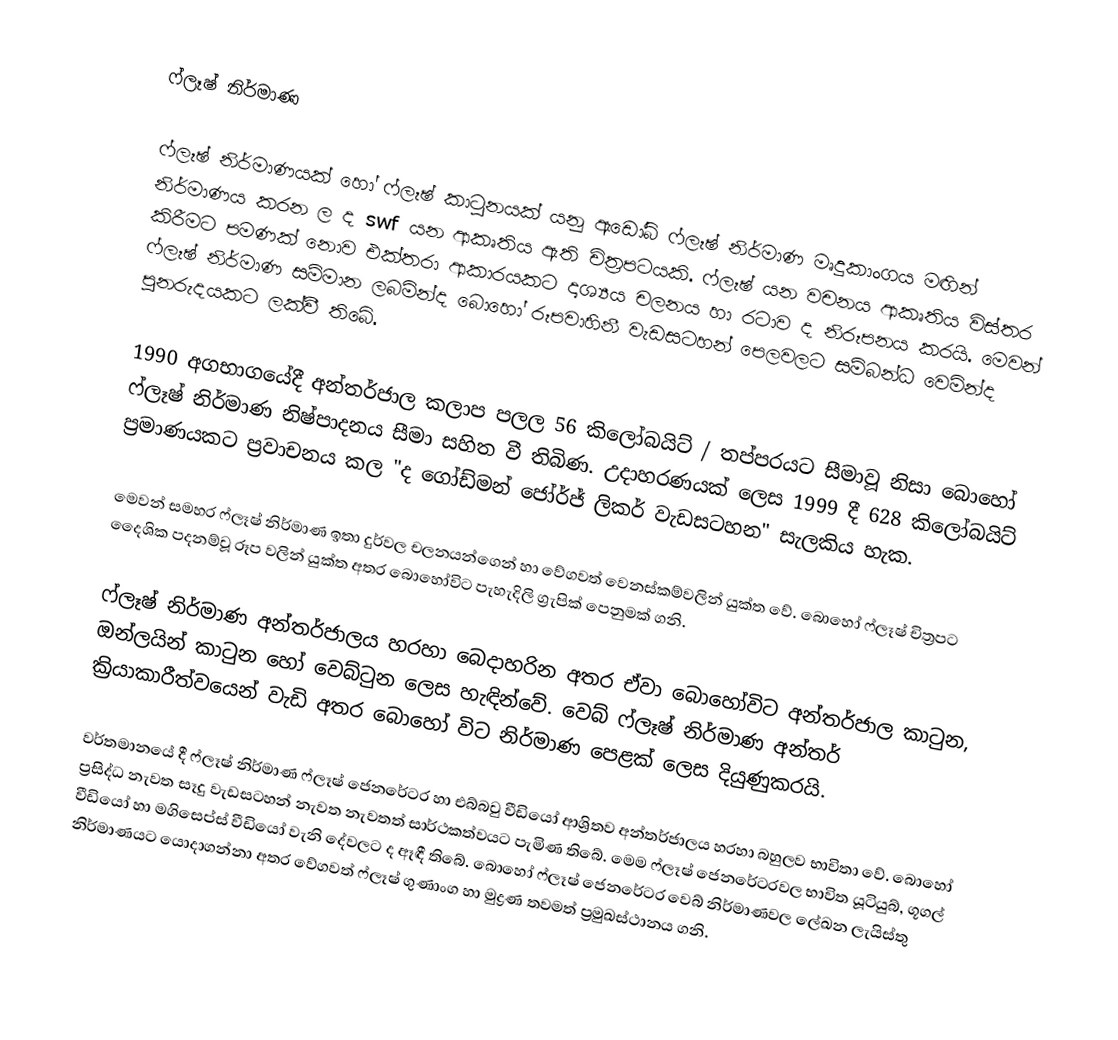
ෆ්ලෑෂ් නිර්මාණ

ෆ්ලෑෂ් නිර්මාණයක් හෝ ෆ්ලෑෂ් කාටුනයක් යනු ඇඩෝබ් ෆ්ලෑෂ් නිර්මාණ මෘදුකාංගය මඟින් නිර්මාණය කරන ල ද swf යන ආකෘතිය ඇති චිත්‍රපටයකි. ෆ්ලෑෂ් යන වචනය ආකෘතිය විස්තර කිරීමට පමණක් නොව එක්තරා ආකාරයකට දෘශ්‍යය චලනය හා රටාව ද නිරූපනය කරයි. මෙවන් ෆ්ලෑෂ් නිර්මාණ සම්මාන ලබමින්ද බොහෝ රූපවාහිනී වැඩසටහන් පෙලවලට සම්බන්ධ වෙමින්ද පුනරුදයකට ලක්වී තිබේ.

1990 අගභාගයේදී අන්තර්ජාල කලාප පලල 56 කිලෝබයිට් / තප්පරයට සීමාවූ නිසා බොහෝ ෆ්ලෑෂ් නිර්මාණ නිෂ්පාදනය සීමා සහිත වී තිබිණ. උදාහරණයක් ලෙස 1999 දී 628 කිලෝබයිට් ප්‍රමාණයකට ප්‍රවාචනය කල "ද ගෝඩ්මන් ජෝර්ජ් ලිකර් වැඩසටහන" සැලකිය හැක.

මෙවන් සමහර ෆ්ලෑෂ් නිර්මාණ ඉතා දුර්වල චලනයන්ගෙන් හා වේගවත් වෙනස්කම්වලින් යුක්ත වේ. බොහෝ ෆ්ලෑෂ් චිත්‍රපට දෛශික පදනම්වූ රූප වලින් යුක්ත අතර බොහෝවිට පැහැදිලි ග්‍රැපික් පෙනුමක් ගනි.

ෆ්ලෑෂ් නිර්මාණ අන්තර්ජාලය හරහා බෙදාහරින අතර ඒවා බොහෝවිට අන්තර්ජාල කාටුන, ඔන්ලයින් කාටුන හෝ වෙබ්ටුන ලෙස හැඳින්වේ. වෙබ් ෆ්ලෑෂ් නිර්මාණ අන්තර් ක්‍රියාකාරීත්වයෙන් වැඩි අතර බොහෝ විට නිර්මාණ පෙළක් ලෙස දියුණුකරයි.

වර්තමානයේ දී ෆ්ලෑෂ් නිර්මාණ ෆ්ලෑෂ් ජෙනරේටර හා එබ්බවු වීඩියෝ ආශ්‍රිතව අන්තර්ජාලය හරහා බහුලව භාවිතා වේ. බොහෝ ප්‍රසිද්ධ නැවත සෑදු වැඩසටහන් නැවත නැවතත් සාර්ථකත්වයට පැමිණ තිබේ. මෙම ෆ්ලෑෂ් ජෙනරේටරවල භාවිත යූටියුබ්, ගූගල් වීඩියෝ හා මගිස‍්පේස් වීඩියෝ වැනි දේවලට ද ඈඳී තිබේ. බොහෝ ෆ්ලෑෂ් ජෙනරේටර වෙබ් නිර්මාණවල ලේඛන ලැයිස්තු නිර්මාණයට යොදාගන්නා අතර වේගවත් ‍ෆ්ලෑෂ් ගුණාංග හා මුද්‍රණ තවමත් ප්‍රමුඛස්ථානය ගනි.